Sketch of the medical history of the native army of Bombay, for the year
Year: 1875
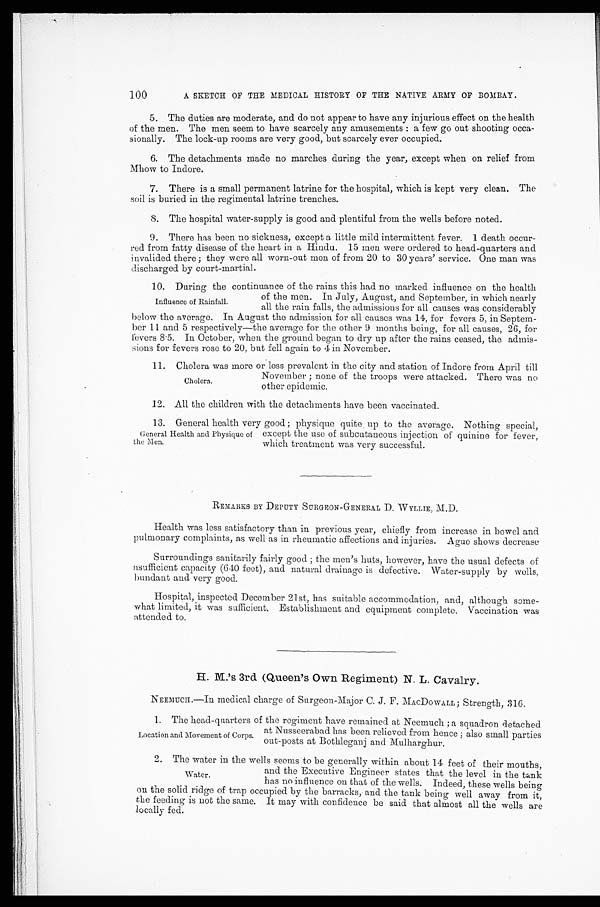
100
A SKETCH OF THE MEDICAL HISTORY OF THE NATIVE ARMY OF BOMBAY.
5. The duties are moderate, and do not appear to have any injurious effect on the health
of the men. The men seem to have scarcely any amusements : a few go out shooting occa
- s i o n a l l y . T h e l o c k - u p r o o m s a r e v e r y g o o d , b u t s c a r c e l y e v e r o c c u p i e d .
6. The detachments made no marches during the year, except when on relief from
Mhow to Indore.
7. There is a small permanent latrine for the hospital, which is kept very clean, The
soil is buried in the regimental latrine trenches.
8. The hospital water-supply is good and plentiful from the wells before noted.
9. There has been no sickness, except a little mild intermittent fever. 1 death occur-
red from fatty disease of the heart in a Hindu. 15 men were ordered to head-quarters and
invalided there ; they were all worn-out men of from 20 to 30 years' service. One man was
discharged by court-martial.
10. During the continuance of the rains this had no marked influence on the health
of the men. In July, August, and September, in which nearly
all the rain falls, the admissions for all causes was considerably
below the average. In August the admission for all causes was 14, for fevers 5, in Septem-
ber 11 and 5 respectively—the average for the other 9 months being, for all causes, 26, for
fevers 8.5. In October, when the ground began to dry up after the rains ceased, the admis
-sions for fevers rose to 20, but fell again to 4 in November.
1 1 . C h o l e r a w a s m o r e o r l e s s p r e v a l e n t i n t h e c i t y a n d s t a t i o n o f I n d o r e f r o m A p r i l t i l l
November ; none of the troops were attacked. There was no
other epidemic.
12. All the children with the detachments have been vaccinated.
13. General health very good ; physique quite, up to the average. Nothing special,
except the use of subcutaneous injection of quinine for fever,
which treatment was very successful.
REMARKS BY DEPUTY SURGEON-GENERAL D. WYLLIE, M.D.
Health was less satisfactory than in previous year, chiefly from increase in bowel and
pulmonary complaints, as well as in rheumatic affections and injuries. Ague shows decrease
Surroundings sanitarily fairly good ; the men's huts, however, have the usual defects of
nsufficient capacity (640 feet), and natural drainage is defective. Water-supply by wells,
bundant and very good.
Hospital, inspected December 21st, has suitable accommodation, and, although some
- w h a t l i m i t e d , i t w a s s u f f i c i e n t . E s t a b l i s h m e n t a n d e q u i p m e n t c o m p l e t e , V a c c i n a t i o n w a s
attended to.
H. M.'s 3rd (Queen's Own Regiment) N. L. Cavalry.
NEEMUCH.—In medical charge of Surgeon-Major C. J. F. MACDOWALL; Strength, 316.
1. The head-quarters of the regiment have remained at Neemuch ; a squadron detached
at Nusseerabad has been relieved from hence ; also small parties
out-posts at Bothleganj and Mulharghur.
Influence of Rainfall.
Cholera.
General Health and Physique of
the Men.
Location and Movement of Corps.
2. The water in the wells seems to be generally within about 14 feet of their mouths,
and the Executive Engineer states that the level in the tank
has no influence on that of the wells. Indeed, these wells being
on the solid ridge of trap occupied by the barracks, and the tank being well away from it,
the feeding is not the same. It may with confidence be said that almost all the wells are
locally fed.
Water.